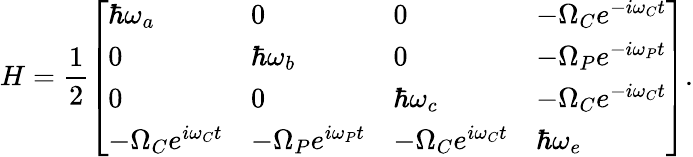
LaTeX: H=\frac{1}{2}\left[\begin{array}{llll}{\hbar\omega_{a}}&{0}&{0}&{-\Omega_{C}e^{-i\omega_{C}t}}\\ {0}&{\hbar\omega_{b}}&{0}&{-\Omega_{P}e^{-i\omega_{P}t}}\\ {0}&{0}&{\hbar\omega_{c}}&{-\Omega_{C}e^{-i\omega_{C}t}}\\ {-\Omega_{C}e^{i\omega_{C}t}}&{-\Omega_{P}e^{i\omega_{P}t}}&{-\Omega_{C}e^{i\omega_{C}t}}&{\hbar\omega_{e}}\end{array}\right].